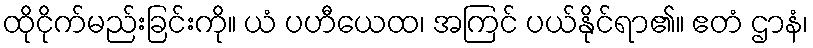
ထိုငိုက်မည်းခြင်းကို။ ယံ ပဟီယေထ၊ အကြင် ပယ်နိုင်ရာ၏။ ဧတံ ဌာနံ၊